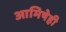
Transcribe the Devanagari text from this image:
आमिषेही